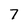
Character: 7